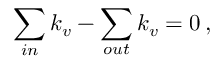
\sum _ { i n } k _ { v } - \sum _ { o u t } k _ { v } = 0 \, ,